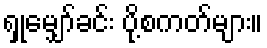
ရှုမျှော်ခင်း ပို့စကတ်များ။